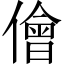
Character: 儈